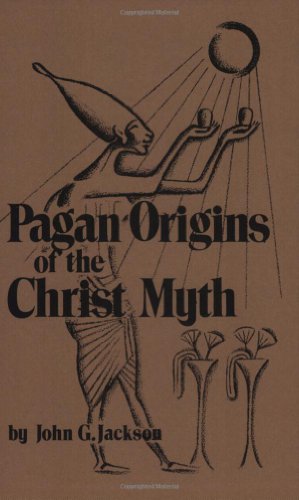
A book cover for Pagan Origins of the Christ Myth; John G. Jackson; Religion & Spirituality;